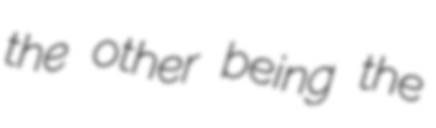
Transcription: the other being the